Lunatic asylums United Prov. 1922-30 - 1922-1930
Year: 1922
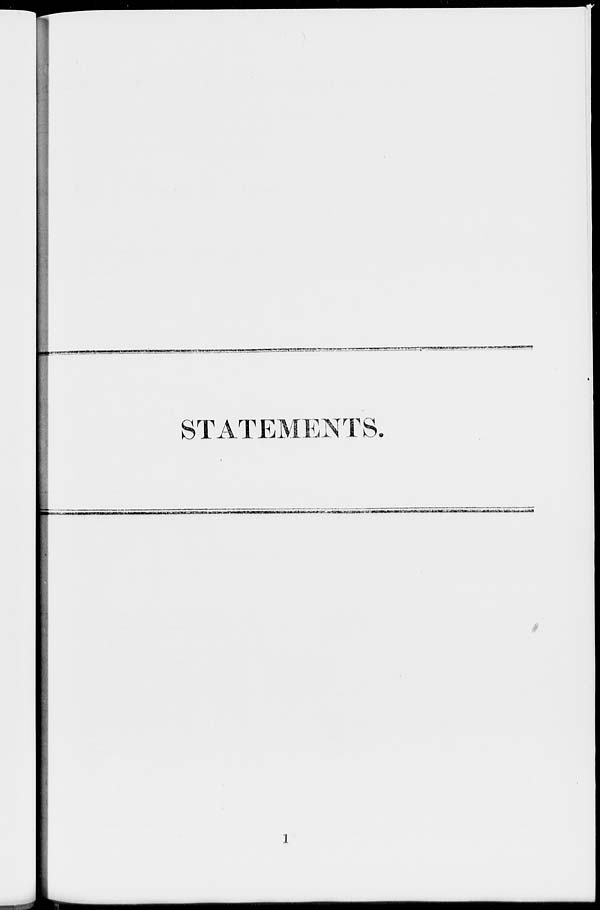
STATEMENTS.